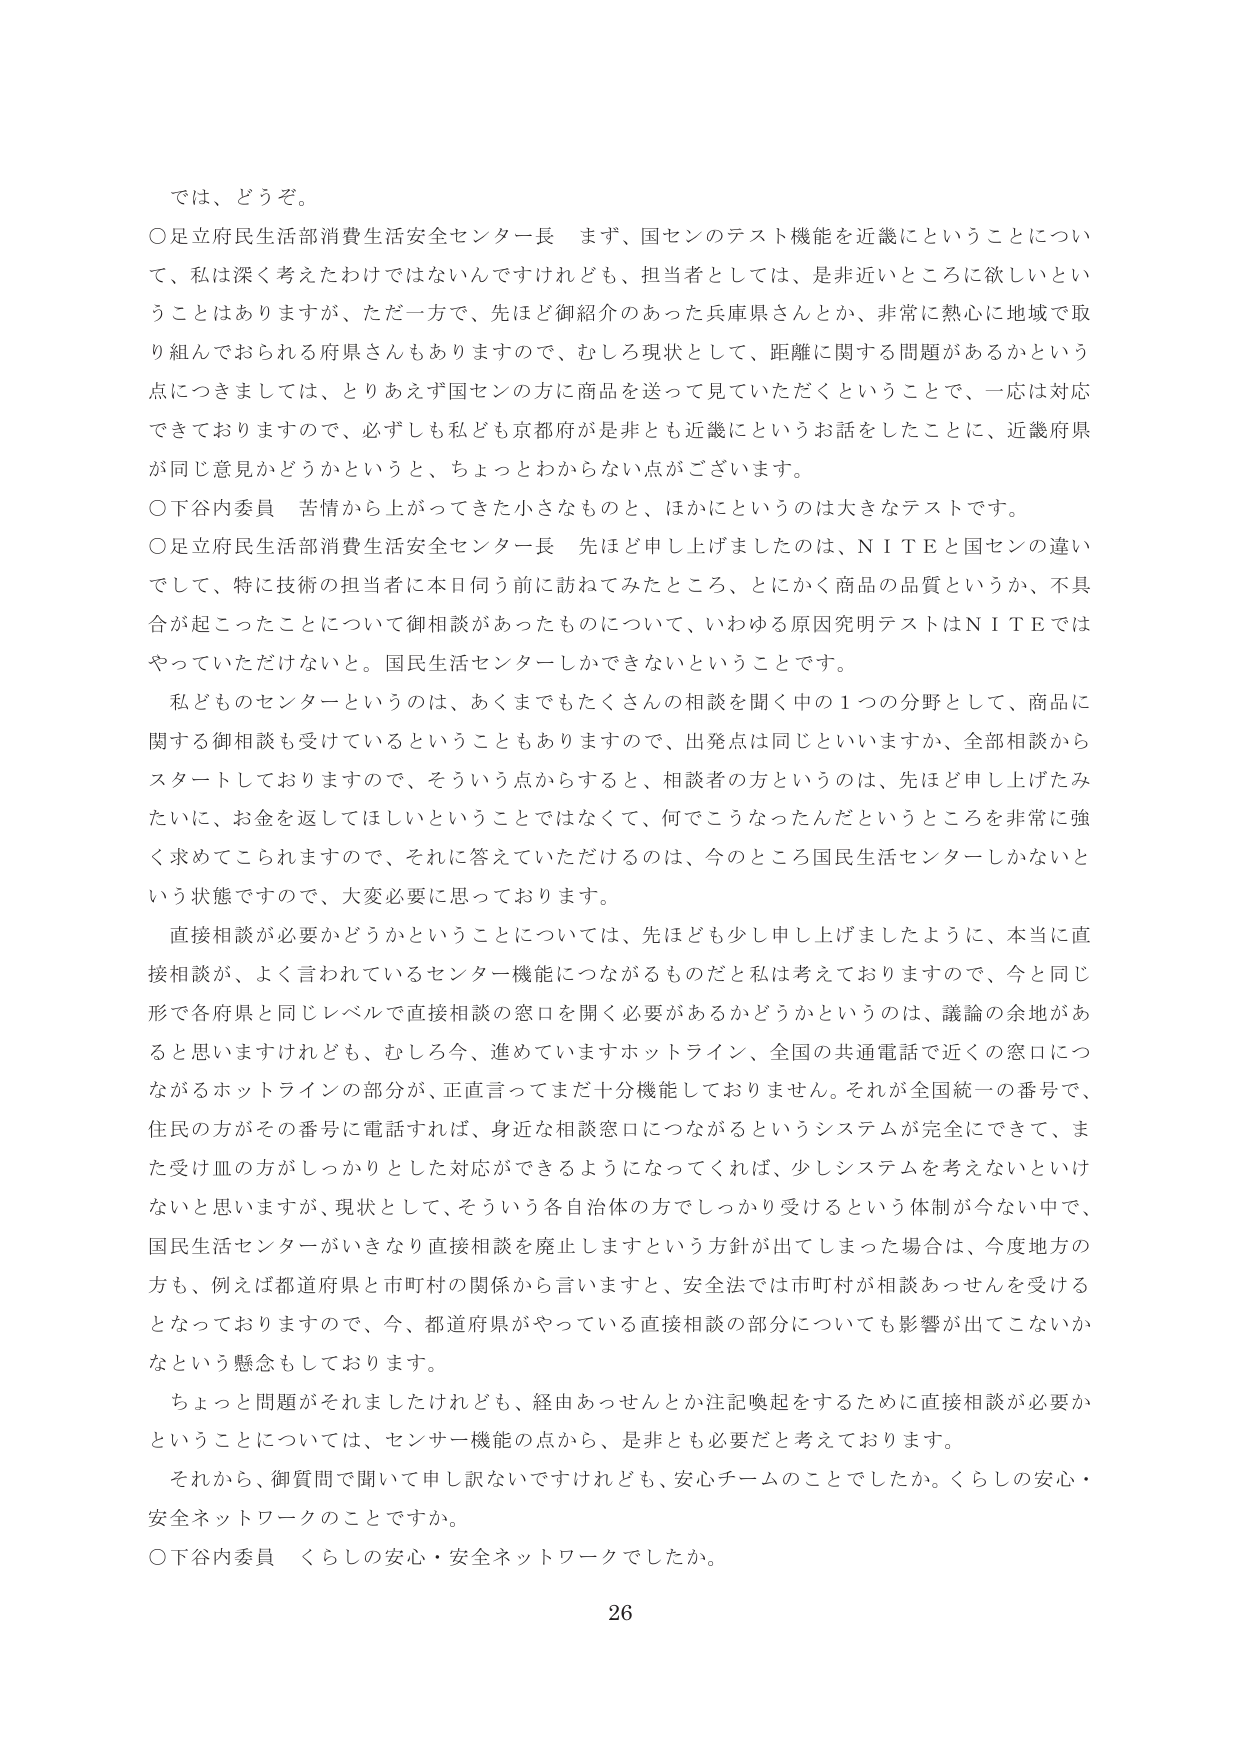
では、どうぞ。

○足立府民生活部消費生活安全センター長 まず、国センのテスト機能を近畿にということについて、私は深く考えたわけではないんですけれども、担当者としては、是非近いところに欲しいということはありますか、ただ一方で、先ほど御紹介のあった兵庫県さんとか、非常に熱心に地域で取り組んでおられる府県さんもありますので、むしろ現状として、距離に関する問題があるかという点につきましては、とりあえず国センの方に商品を送って見ていただくということで、一応は対応できておりまして、必ずしも私ども京都府が是非とも近畿にというお話をしたことに、近畿府県が同じ意見かどうかというと、ちょっとわからない点がございます。

○下谷内委員 苦情から上がってきた小さなものと、ほかにというのは大きなテストです。

○足立府民生活部消費生活安全センター長 先ほど申し上げましたのは、ＮＩＴＥと国センの違いでして、特に技術の担当者に本日何日前に訪ねてみたところ、とにかく商品の品質というか、不具合が起こったことについて御相談があったものについて、いわゆる原因究明テストはＮＩＴＥではやっていただけない。国民生活センターしかできないということです。

私どものセンターというのは、あくまでもたくさんの相談を聞く中の１つの分野として、商品に関する御相談も受けているということもありますので、出発点は同じといいますか、全部相談からスタートしておりますので、そういう点からすると、相談者の方というのは、先ほど申し上げたみたいに、お金を返してほしいということではなくて、何でこうなったんだというところを非常に強く求めてこられますので、それに答えていただけるのは、今のところ国民生活センターしかないという状態ですので、大変必要に思っております。

直接相談が必要かどうかということについては、先ほども少し申し上げましたように、本当に直接相談が、よく言われているセンター機能につながるものだと私は考えておりますので、今と同じ形で各府県と同じレベルで直接相談の窓口を開く必要があるかどうかというのは、議論の余地があると思いますけれども、むしろ今、進めていますホットライン、全国の共通電話で近くの窓口につながるホットラインの部分が、正直言ってまだ十分機能しておりません。それが全国統一の番号で、住民の方がその番号に電話すれば、身近な相談窓口につながるというシステムが完全にできて、また受け皿の方がしっかりとした対応ができるようになってくれば、少しシステムを考えないといけないと思いますが、現状として、そういう各自治体の方でしっかり受けるという体制が今ない中で、国民生活センターがいきなり直接相談を廃止しますという方針が出てしまった場合は、今度地方の方も、例えば都道府県と市町村の関係から言いますと、安全法では市町村が相談あっせんを受けるとなっておりますので、今、都道府県がやっている直接相談の部分についても影響が出てこないかなという懸念もしております。

ちょっと問題がそれましたけれども、経由あっせんとか注記喚起をするために直接相談が必要かということについては、センサー機能の点から、是非とも必要だと考えております。

それから、御質問で聞いて申し訳ないですが、安心チームのことでしたか。くらしの安心・安全ネットワークのことですか。

○下谷内委員 くらしの安心・安全ネットワークでしたか。

26